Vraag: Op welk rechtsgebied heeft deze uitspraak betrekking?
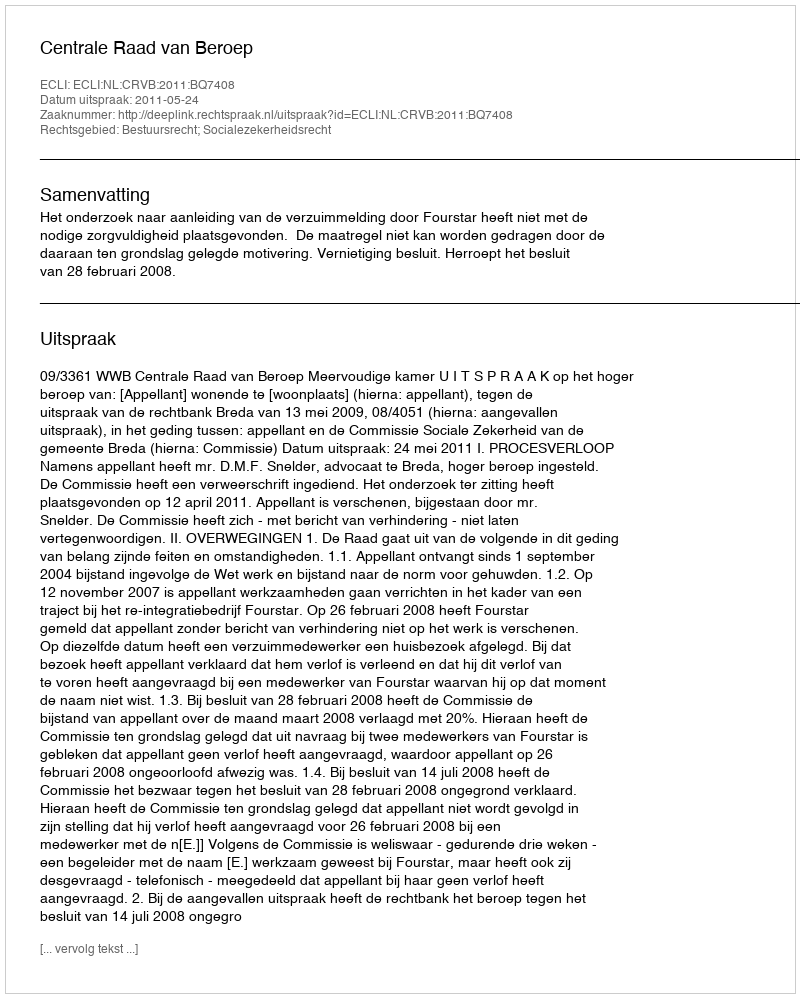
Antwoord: Bestuursrecht; Socialezekerheidsrecht